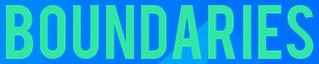
BOUNDARIES